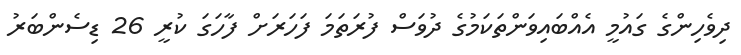
ދިވެހިންގެ ގައުމީ އެއްބައިވަންތަކަމުގެ ދުވަސް ފުރަތަމަ ފަހަރަށް ފާހަގަ ކުރީ 26 ޑިސެންބަރު